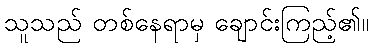
သူသည် တစ်နေရာမှ ချောင်းကြည့်၏။